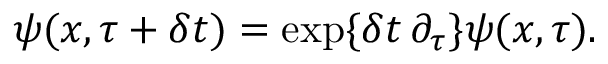
\psi ( x , \tau + \delta t ) = \exp \{ \delta t \, \partial _ { \tau } \} \psi ( x , \tau ) .